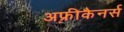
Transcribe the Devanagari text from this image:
अफ़्रीकैनर्स